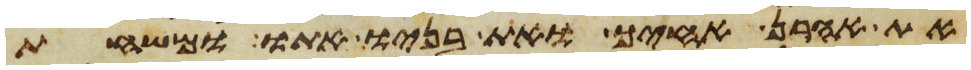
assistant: את אהרן אחיך ואת בניו אתו ומשחת